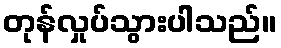
တုန်လှုပ်သွားပါသည်။